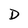
Character: D